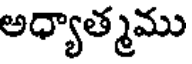
అధ్యాత్మము